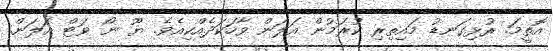
އޮތީމަ. ރުޅިގަނޑު މައިތިރި ކުރަމުން އަލަން ވާހަކަދެއްކިއެވެ. ޔޫ ނޯ ވަޓް އަލަން.